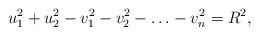
LaTeX: \begin{align*}u_1^2 + u_2^2 - v_1^2 - v_2^2 - \ldots - v_n^2 = R^2,\end{align*}